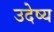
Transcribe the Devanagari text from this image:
उदेष्य